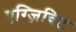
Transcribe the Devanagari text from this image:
एग्ज़िविट